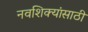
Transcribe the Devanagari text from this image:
नवशिक्यांसाठी